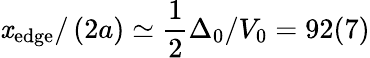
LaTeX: \mathit{x}_{\mathrm{{{edge}}}}/\left(2a\right)\simeq\frac{{1}}{{2}}\Delta_{0}/V_{0}=92(7)